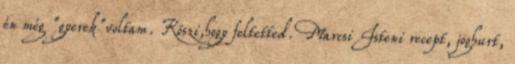
én még "gyerek"voltam. Köszi,hogy feltetted. Marcsi Isteni recept, joghurt,